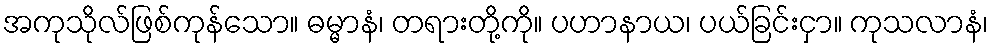
အကုသိုလ်ဖြစ်ကုန်သော။ ဓမ္မာနံ၊ တရားတို့ကို။ ပဟာနာယ၊ ပယ်ခြင်းငှာ။ ကုသလာနံ၊